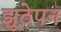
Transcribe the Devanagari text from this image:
झूठेपन